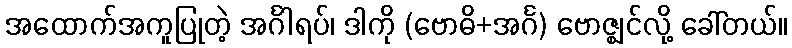
အထောက်အကူပြုတဲ့ အင်္ဂါရပ်၊ ဒါကို (ဗောဓိ+အင်္ဂ) ဗောဇ္ဈင်လို့ ခေါ်တယ်။